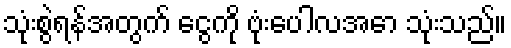
သုံးစွဲရန်အတွက် ငွေကို ဗုံးပေါလအော သုံးသည်။